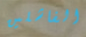
الفاشلين